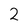
Character: 2